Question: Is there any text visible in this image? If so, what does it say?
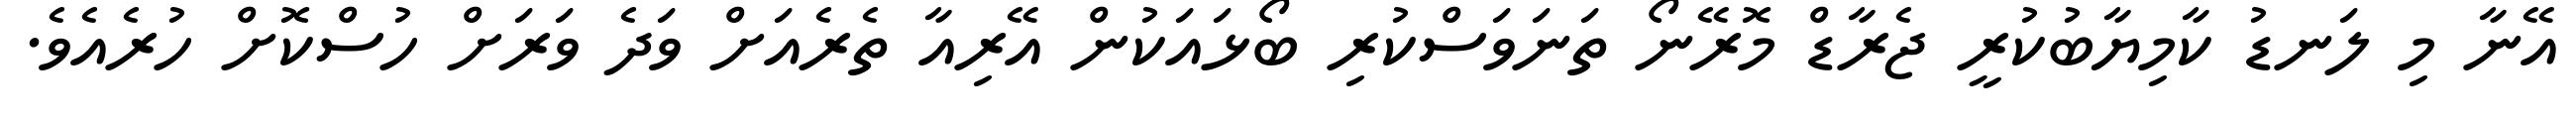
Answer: އޭނާ މި ލަނޑު ކާމިޔާބުކުރީ ޖެރާޑް މޮރޭނޯ ތަނަވަސްކުރި ބޯޅައަކުން އޭރިއާ ތެރެއަށް ވަދެ ވަރަށް ހުސްކޮށް ހުރެއެވެ.